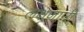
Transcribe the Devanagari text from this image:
लक्षणानी